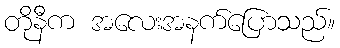
တိုနီက အလေးအနက်ပြောသည်။